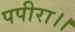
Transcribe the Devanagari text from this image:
पपीरा।।